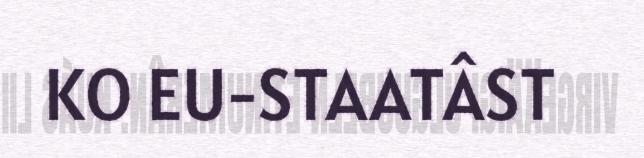
KO EU-STAATÂST